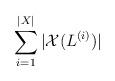
LaTeX: \begin{align*}\sum_{i=1}^{|X|}|\mathcal{X}(L^{(i)})|\end{align*}